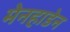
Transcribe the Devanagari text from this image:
मेनहाडेन